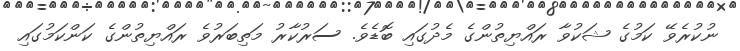
ނުކުރެވޭ ކަމުގެ ޝަކުވާ ރައްޔިތުންގެ މެދުގައި ބޮޑެވެ. ސަރުކާރު މަތިބަރުވެ ރައްޔިތުންގެ ކަންކަމުގައި